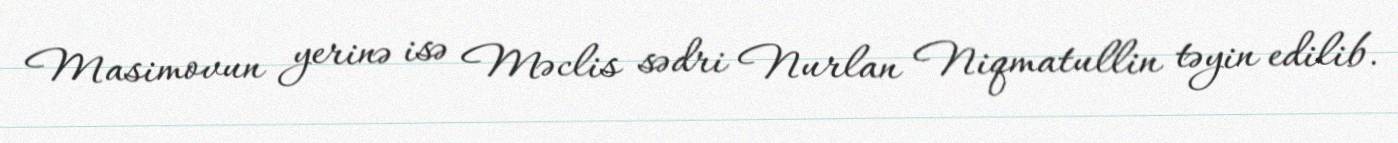
Masimovun yerinə isə Məclis sədri Nurlan Niqmatullin təyin edilib.